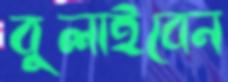
বুলাইবেন